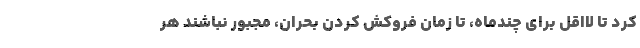
کرد تا لااقل برای چندماه، تا زمان فروکش کردن بحران، مجبور نباشند هر